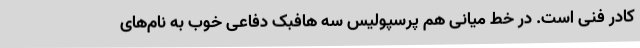
کادر فنی است. در خط میانی هم پرسپولیس سه هافبک دفاعی خوب به نام‌های